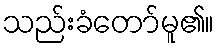
သည်းခံတော်မူ၏။